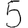
Digit: 5